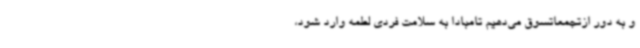
و به دور ازتجمعاتسوق می‌دهیم تامبادا به سلامت فردی لطمه وارد شود،